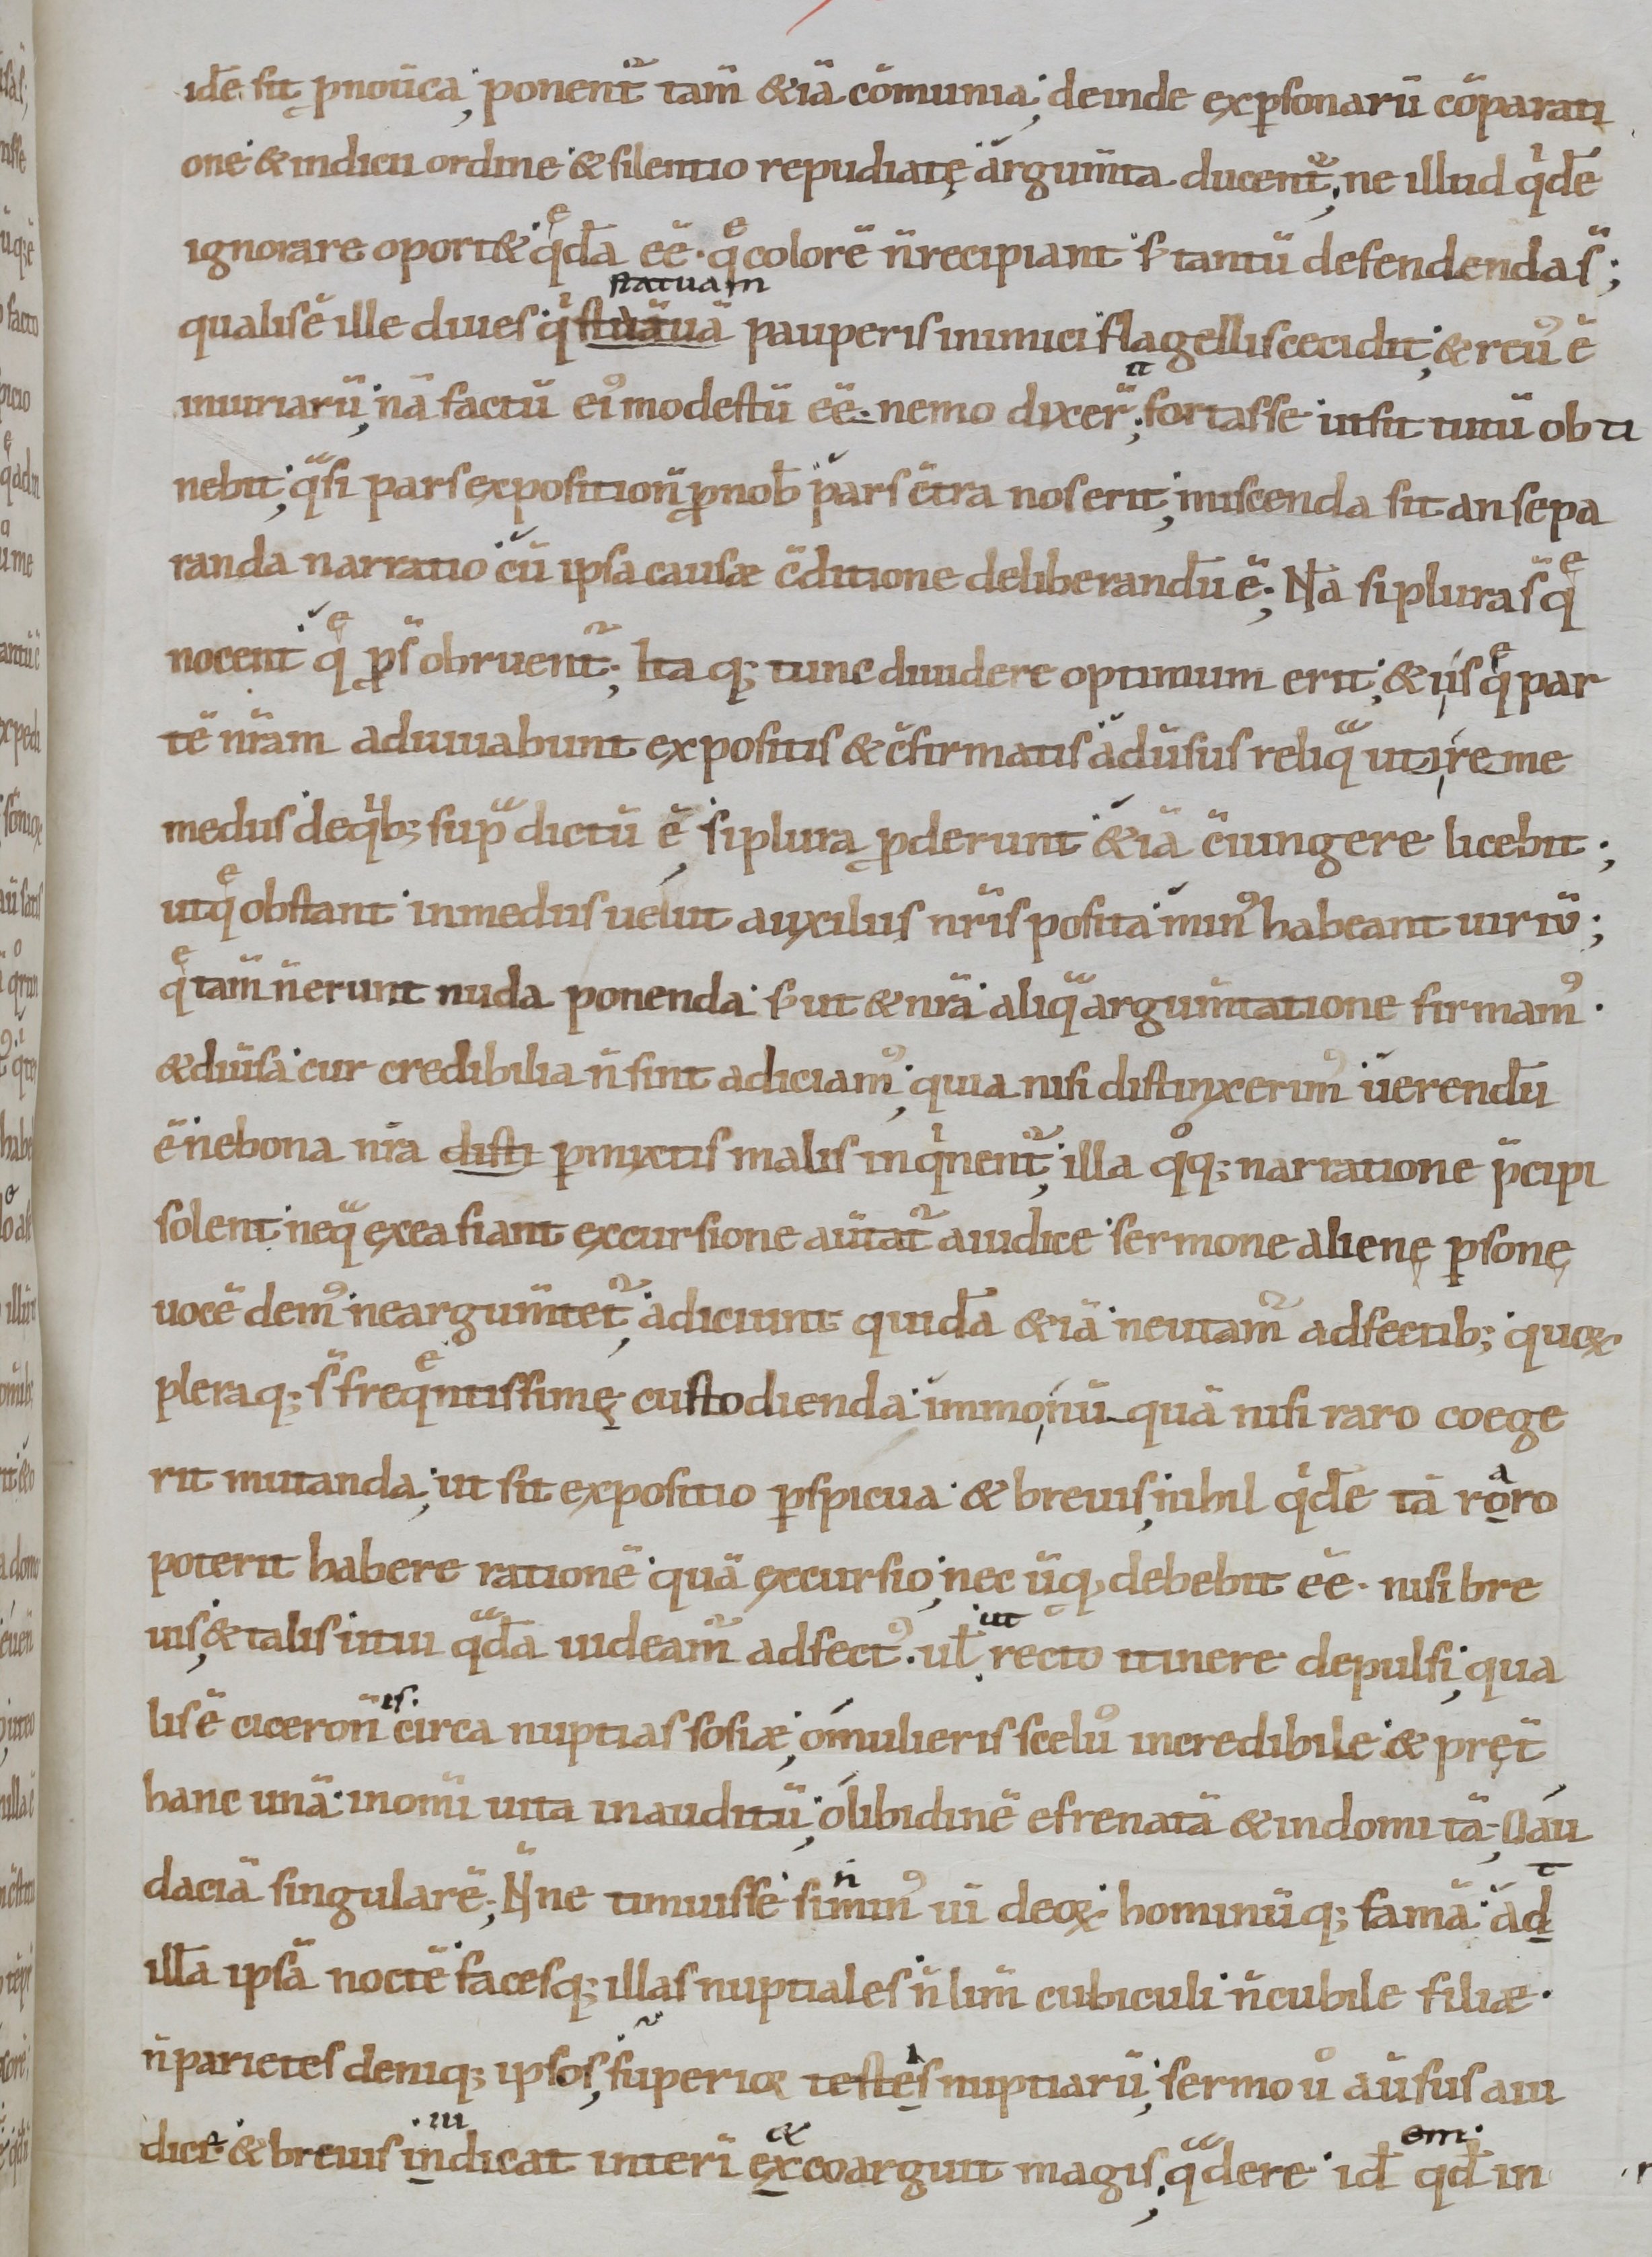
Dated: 900–1099